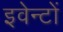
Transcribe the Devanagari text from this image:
इवेन्टों